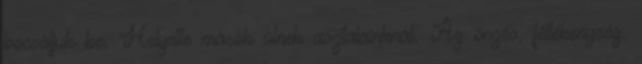
bocsátjuk be. Helyette mások ülnek asztalainknál. Az önzés, féltékenység,